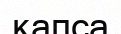
қапса